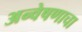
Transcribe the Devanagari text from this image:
अन्वेषणाचा